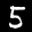
Label: 5